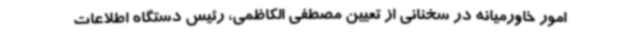
امور خاورمیانه در سخنانی از تعیین مصطفی الکاظمی، رئیس دستگاه اطلاعات